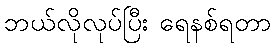
ဘယ်လိုလုပ်ပြီး ရေနစ်ရတာ